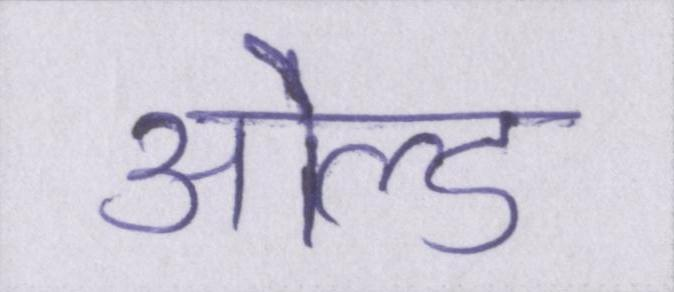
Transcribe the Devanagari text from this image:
ओल्ड